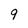
Character: 9